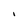
Character: l